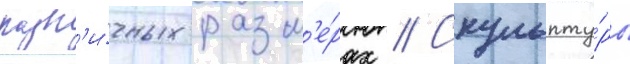
разл'и́чных разм'е́рах // Скульпту́ры